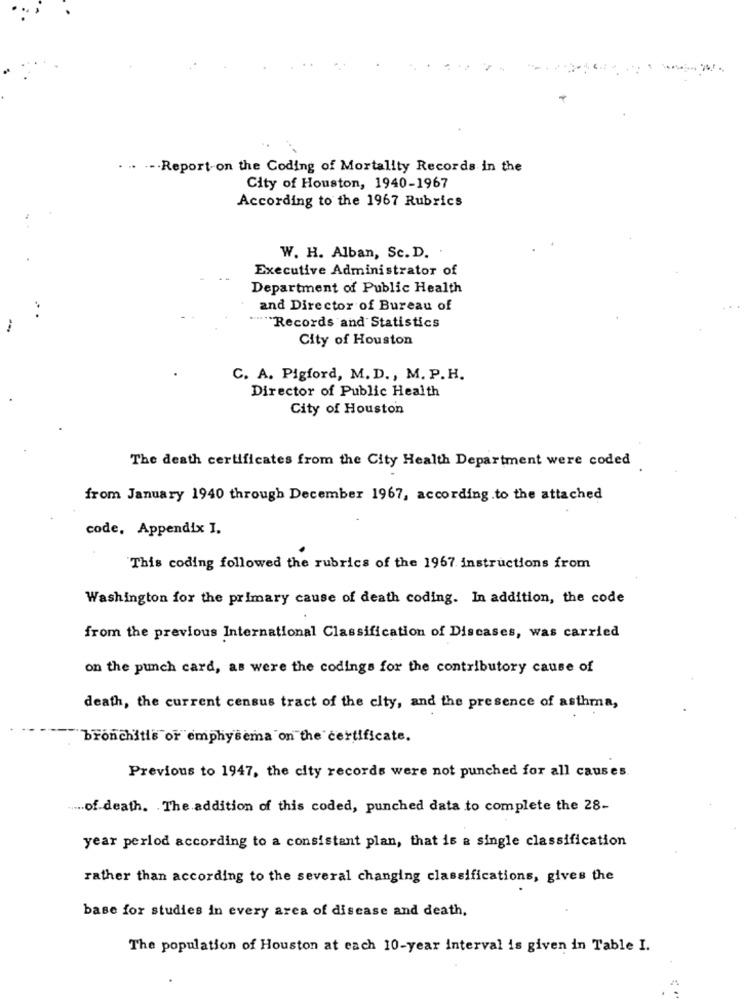
. .. ... Report-on the Coding of Mortality Records in the
City of Houston, 1940-1967
According to the 1967 Rubrics
-
W. H. Alban, Sc. D.
Executive Administrator of
Department of Public Health
and Director of Bureau of
"Records and Statistics
City of Houston
C. A. Pigford, M. D ., M. P.H.
Director of Public Health
City of Houston
The death certificates from the City Health Department were coded
from January 1940 through December 1967, according to the attached
code, Appendix I.
This coding followed the rubrics of the 1967. instructions from
Washington for the primary cause of death coding. In addition, the code
from the previous International Classification of Discases, was carried
on the punch card, as were the codings for the contributory cause of
death, the current census tract of the city, and the presence of asthma,
bronchitis or emphysema on the certificate.
Previous to 1947, the city records were not punched for all causes.
.... of death. The addition of this coded, punched data to complete the 28-
year perlod according to a consistant plan, that is a single classification
rather than according to the several changing classifications, gives the
base for studies in every area of disease and death,
The population of Houston at each 10-year interval is given in Table I.